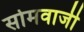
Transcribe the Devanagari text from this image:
सोमवाजी